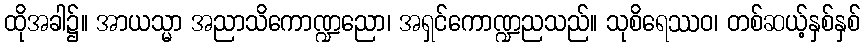
ထိုအခါ၌။ အာယသ္မာ အညာသိကောဏ္ဍညော၊ အရှင်ကောဏ္ဍညသည်။ သုစိရေဿဝ၊ တစ်ဆယ့်နှစ်နှစ်